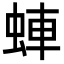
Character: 蛼